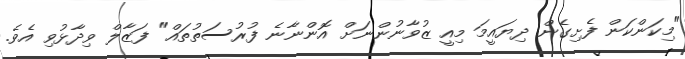
"މިކަންކަން ފެށިގެން ދިޔައީމަ މިއީ ޒުވާނުންނަށް އޮންނާނެ ފުރުސަތުތައް" ފަޒާލް ވިދާޅުވި އެވެ.